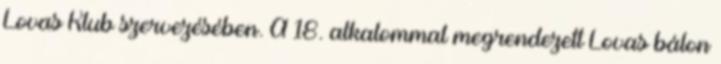
Lovas Klub szervezésében. A 18. alkalommal megrendezett Lovas bálon